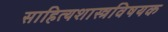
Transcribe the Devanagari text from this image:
साहित्यशास्त्रविषयक